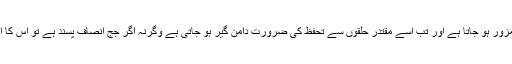
کوئی جج جب مفادات کاا سیر ہو جا تا ہے تو کمزور ہو جاتا ہے اور تب اسے مقتدر حلقوں سے تحفظ کی ضرورت دامن گیر ہو جاتی ہے وگرنہ اگر جج انصاف پسند ہے تو اس کا اپنا تحریر کردہ فیصلہ ہی اس کا تحفظ ہو تا ہے۔